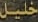
خلیل